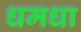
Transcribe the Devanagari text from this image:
धमधा